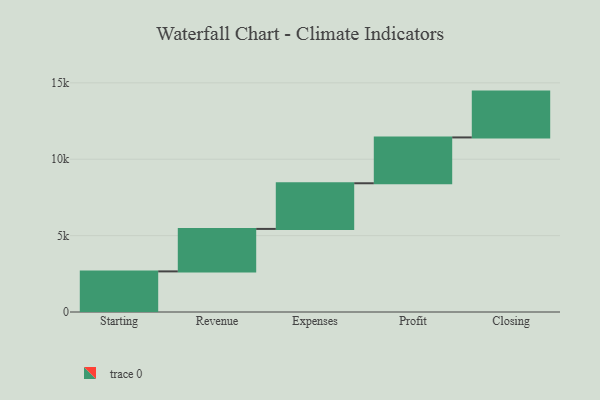
{"axis": {"x": "Step", "y": "Value"}, "legend": [""], "data": [{"x": "Starting", "y": 2658.0, "type": ""}, {"x": "Revenue", "y": 2780.0, "type": ""}, {"x": "Expenses", "y": 2989.0, "type": ""}, {"x": "Profit", "y": 3000, "type": ""}, {"x": "Closing", "y": 3000, "type": ""}]}